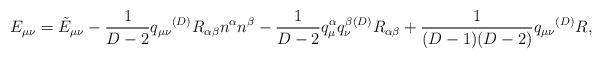
LaTeX: \begin{align*}E_{\mu\nu} = {\tilde E}_{\mu\nu}-\frac{1}{D-2}q_{\mu\nu}{}^{(D)}R_{\alpha\beta}n^\alpha n^\beta-\frac{1}{D-2}q_\mu^\alpha q_\nu^\beta {}^{(D)}R_{\alpha\beta}+\frac{1}{(D-1)(D-2)}q_{\mu\nu}{}^{(D)}R,\end{align*}